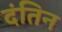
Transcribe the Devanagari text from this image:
दंतिन